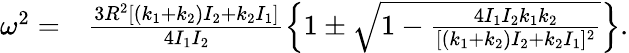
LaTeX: \begin{array}{rl}{\omega^{2}=}&{{}\frac{3R^{2}[(k_{1}+k_{2})I_{2}+k_{2}I_{1}]}{4I_{1}I_{2}}\left\{ 1\pm\sqrt{1-\frac{4I_{1}I_{2}k_{1}k_{2}}{[(k_{1}+k_{2})I_{2}+k_{2}I_{1}]^{2}}}\right\} .}\end{array}